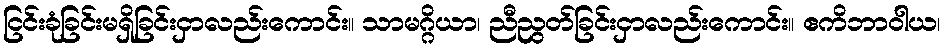
ငြင်းခုံခြင်းမရှိခြင်းငှာလည်းကောင်း။ သာမဂ္ဂိယာ၊ ညီညွတ်ခြင်းငှာလည်းကောင်း။ ဧကိဘာဝါယ၊